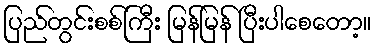
ပြည်တွင်းစစ်ကြီး မြန်မြန် ပြီးပါစေတော့။